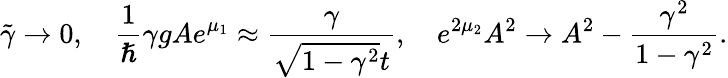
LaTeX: \tilde{\gamma}\rightarrow 0,\quad\frac{1}{\hslash}\gamma gAe^{\mu_{1}}\approx\frac{\gamma}{\sqrt{1-\gamma^{2}}t},\quad e^{2\mu_{2}}A^{2}\rightarrow A^{2}-\frac{\gamma^{2}}{1-\gamma^{2}}.